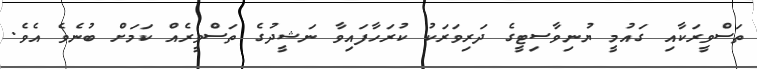
ތަސްވީރަކާއި ގައުމީ ޔުނިވާސިޓީގެ ދަރިވަރަކު ކުރަހާފައިވާ ނަޝީދުގެ ތަސްވީރެއް ކަމަށް ބުނެވެ އެވެ.